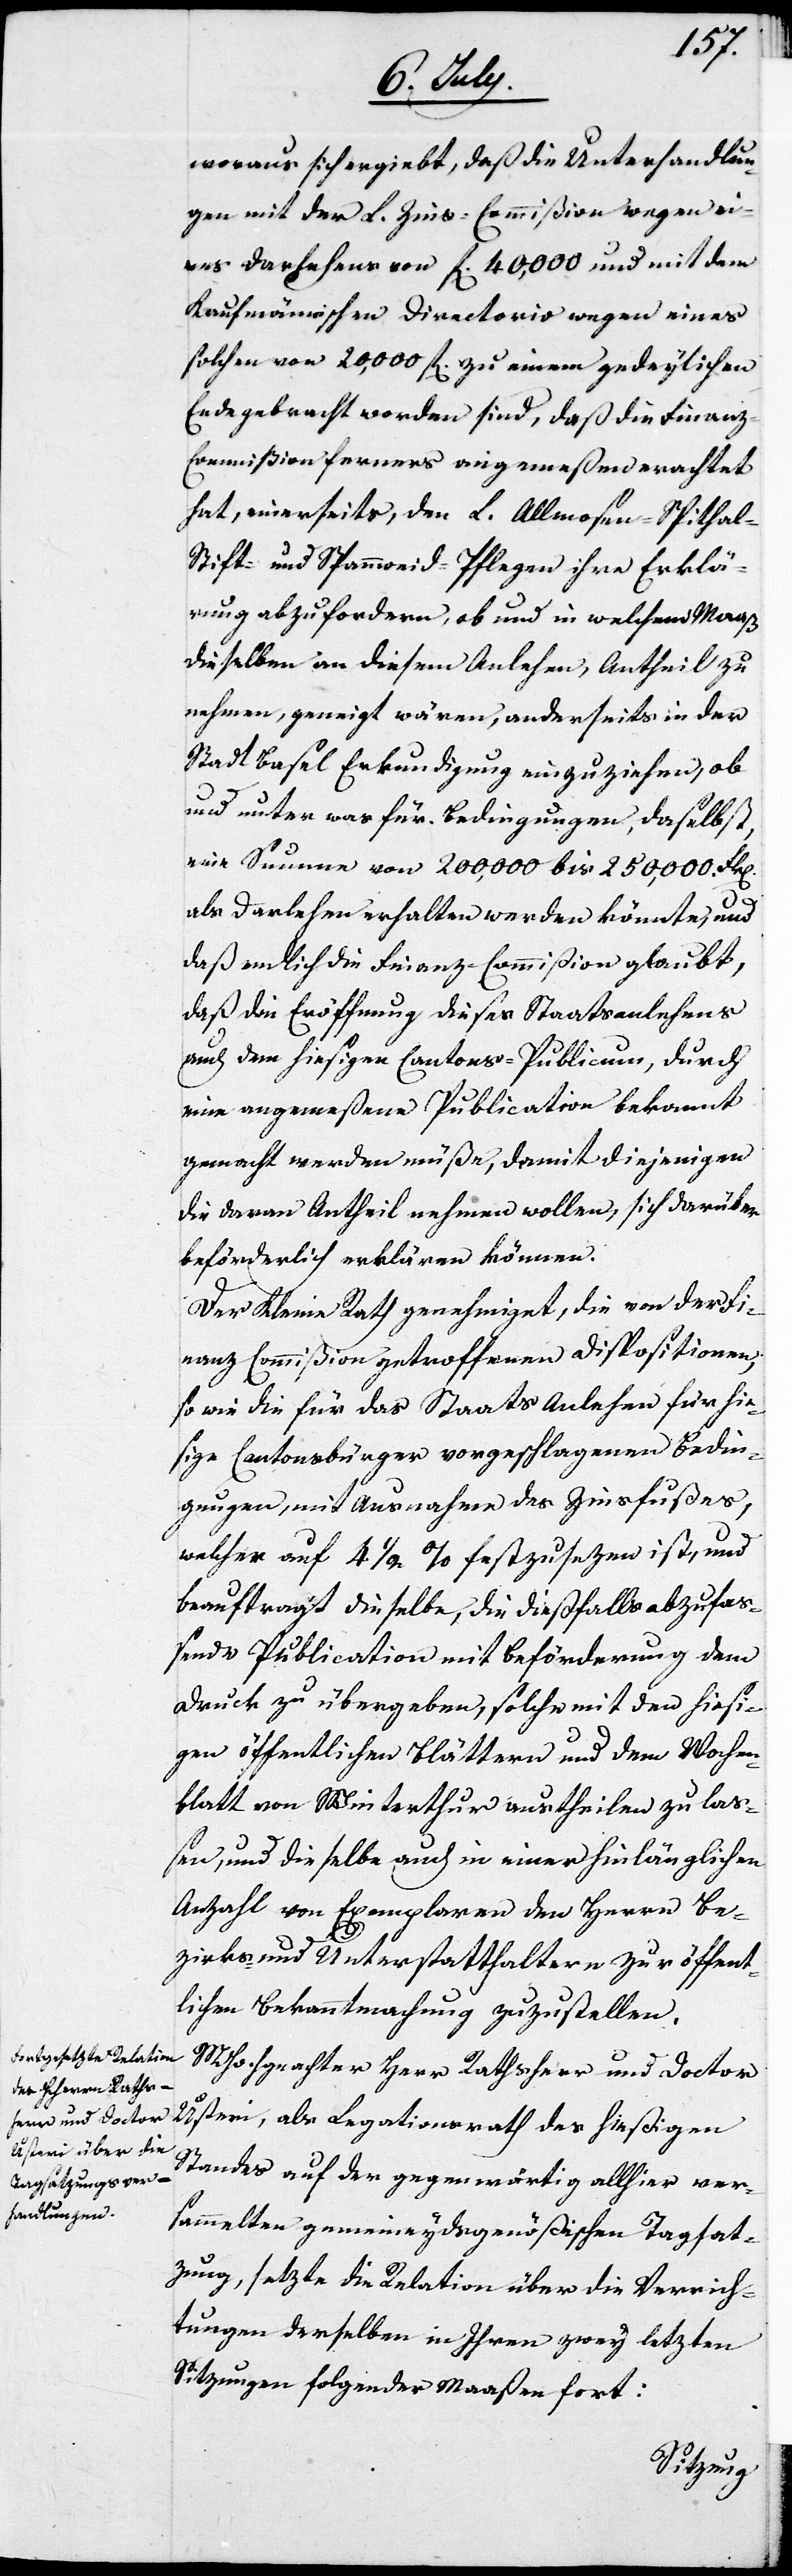
woraus sich ergiebt, daß die Unterhandlun¬
gen mit der L. Zins-Commißion wegen ei¬
nes Darlehens von fl. 40,000. und mit dem
Kaufmännischen Directorio wegen eines
solchen von 20,000. fl zu einem gedeylichen
Ende gebracht worden sind, daß die Finanz-C¬
ommißion ferners angemeßen erachtet
hat, einerseits, den L. Allmosen-Spithal-S¬
tift und Spannweid-Pflegen ihre Erklä¬
rung abzufordern, ob und in welchem Maaß
dieselbe an diesem Anlehen, Antheil zu
nehmen, geneigt wären, anderseits in der
Stadt Basel Erkundigung einzuziehen, ob
und unter was für Bedingungen, daselbst
eine Summe von 200,000. bis 250,000. Frk.
als Darlehen erhalten werden könnte, und
daß endlich die Finanz-Commißion glaubt,
daß die Eröffnung dieses Staatsanlehens
auch dem hießigen Cantons-Publicum, durch
eine angemeßene Publication bekannt
gemacht werden müße, damit diejenigen
die deren Antheil nehmen wollen, sich darüber
beförderlich erklären können.
Der Kleine Rath genehmiget, die von der Fi¬
nanz-Commißion getroffenen Dispositionen,
so wie die für das Staatsanlehen für hie¬
ßige Cantonsbürger vorgeschlagenen Bedin¬
gungen, mit Ausnahme des Zinsfußes,
welcher auf 4. ½ % festzusetzen ist, und
beauftragt dieselbe, die dießfalls abzufaß¬
ende Publication mit Beförderung dem
Druck zu übergeben, solche mit den hießi¬
gen öffentlichen Blättern und dem Wochen¬
blatt von Winterthur austheilen zu laß¬
en, und dieselbe auch in einer hinlänglichen
Anzahl von Exemplaren der Herren Be¬
zirks- und Unterstatthaltern zur öffent¬
lichen Bekanntmachung zuzustellen.
MHochgeachter Herr Rathsherr und Doctor
Usteri, als Legationrath des hießigen
Standes auf der gegenwärtig allhier ver¬
sammelten gemeineydsgenößischen Tagsat¬
zung, setzte die Relation über die Verrich¬
tungen derselben in Ihren zwey letzten
Sitzungen folgender Maaßen fort: